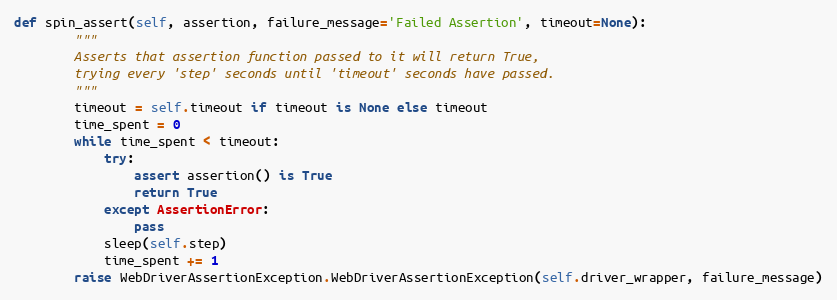
Language: Python
def spin_assert(self, assertion, failure_message='Failed Assertion', timeout=None):
        """
        Asserts that assertion function passed to it will return True,
        trying every 'step' seconds until 'timeout' seconds have passed.
        """
        timeout = self.timeout if timeout is None else timeout
        time_spent = 0
        while time_spent < timeout:
            try:
                assert assertion() is True
                return True
            except AssertionError:
                pass
            sleep(self.step)
            time_spent += 1
        raise WebDriverAssertionException.WebDriverAssertionException(self.driver_wrapper, failure_message)